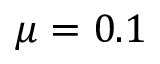
\mu = 0 . 1